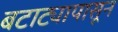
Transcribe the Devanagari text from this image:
बटाट्यापासून